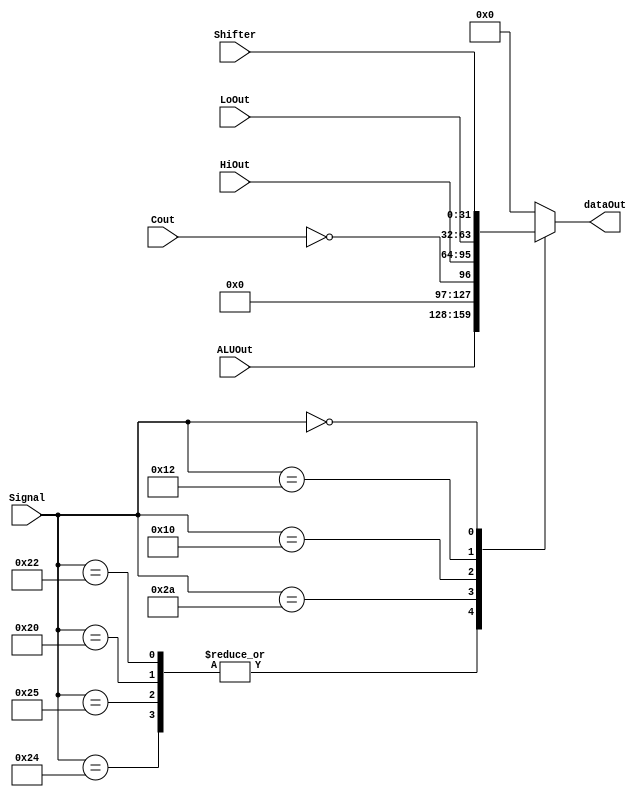
`timescale 1ns/1ns
module MUX( ALUOut, HiOut, LoOut, Shifter, Cout, Signal, dataOut );
input [31:0] ALUOut ;
input [31:0] HiOut ;
input [31:0] LoOut ;
input [31:0] Shifter ;
input Cout ;
input [5:0] Signal ;
output [31:0] dataOut ;

reg [31:0] temp ;
reg[31:0] tempSlt ;

parameter AND = 6'b100100; 
parameter OR  = 6'b100101;
parameter ADD = 6'b100000;
parameter SUB = 6'b100010;
parameter SLT = 6'b101010;

parameter SLL = 6'b000000;

parameter MULTU= 6'b011001;
parameter MFHI= 6'b010000;
parameter MFLO= 6'b010010;

// assign tempCout = 32'd0 ;

/*
wqUT
*/
/*
=====================================================
UdA{gvWkg
=====================================================
*/

always@( ALUOut or HiOut or LoOut or Shifter or Signal or Cout or tempSlt )
begin
    
    
	case ( Signal )
	AND:
	begin
		temp = ALUOut ;
	end
	OR:
	begin
		temp = ALUOut ;
	end
	ADD:
	begin
		temp = ALUOut ;
	end
	SUB:
	begin
		temp = ALUOut ;
	end
	SLT:
	begin
		tempSlt = 0 ;
	    tempSlt[0] = ~Cout ;
		temp = tempSlt ;
	end
	MFHI:
	begin
		temp = HiOut ;
	end
	MFLO:
	begin
		temp = LoOut ;
	end

	SLL:
	begin
		temp = Shifter ;
	end
	
	default: temp = 32'b0 ;	
	
	endcase
	
	/*
===========
   n
===========
MFHIMMFLO
oDO@wn[i
oOHILOsXO
OO
===========
   n
===========
*/
/*
WocaseObTBz
OisignalPJ
MisAX
*/
end
assign dataOut = temp ;
/*
=====================================================
WdA{gvWkg
=====================================================
*/

endmodule